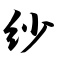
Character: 纱